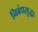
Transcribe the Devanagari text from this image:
निबंधसुद्धा